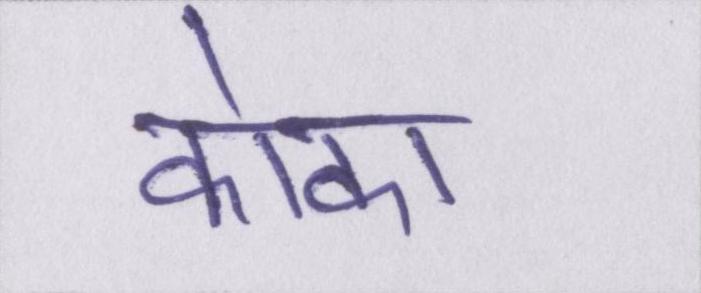
कोका